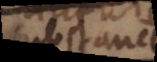
substan